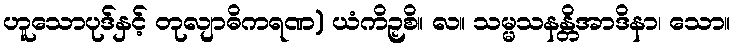
ဟူသောပုဒ်နှင့် တုလျာဓိကရဏ) ယံကိဉှစိ။ လ။ သမ္မသနန္တိအာဒိနာ၊ သော။